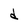
Character: d